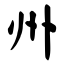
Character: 州